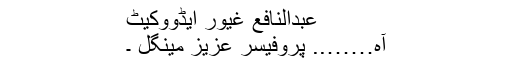
عبدالنافع غیور ایڈووکیٹ
آہ…….. پروفیسر عزیز مینگل ۔